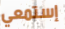
إستمعي